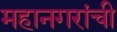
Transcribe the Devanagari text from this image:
महानगरांची